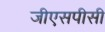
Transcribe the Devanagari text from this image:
जीएसपीसी